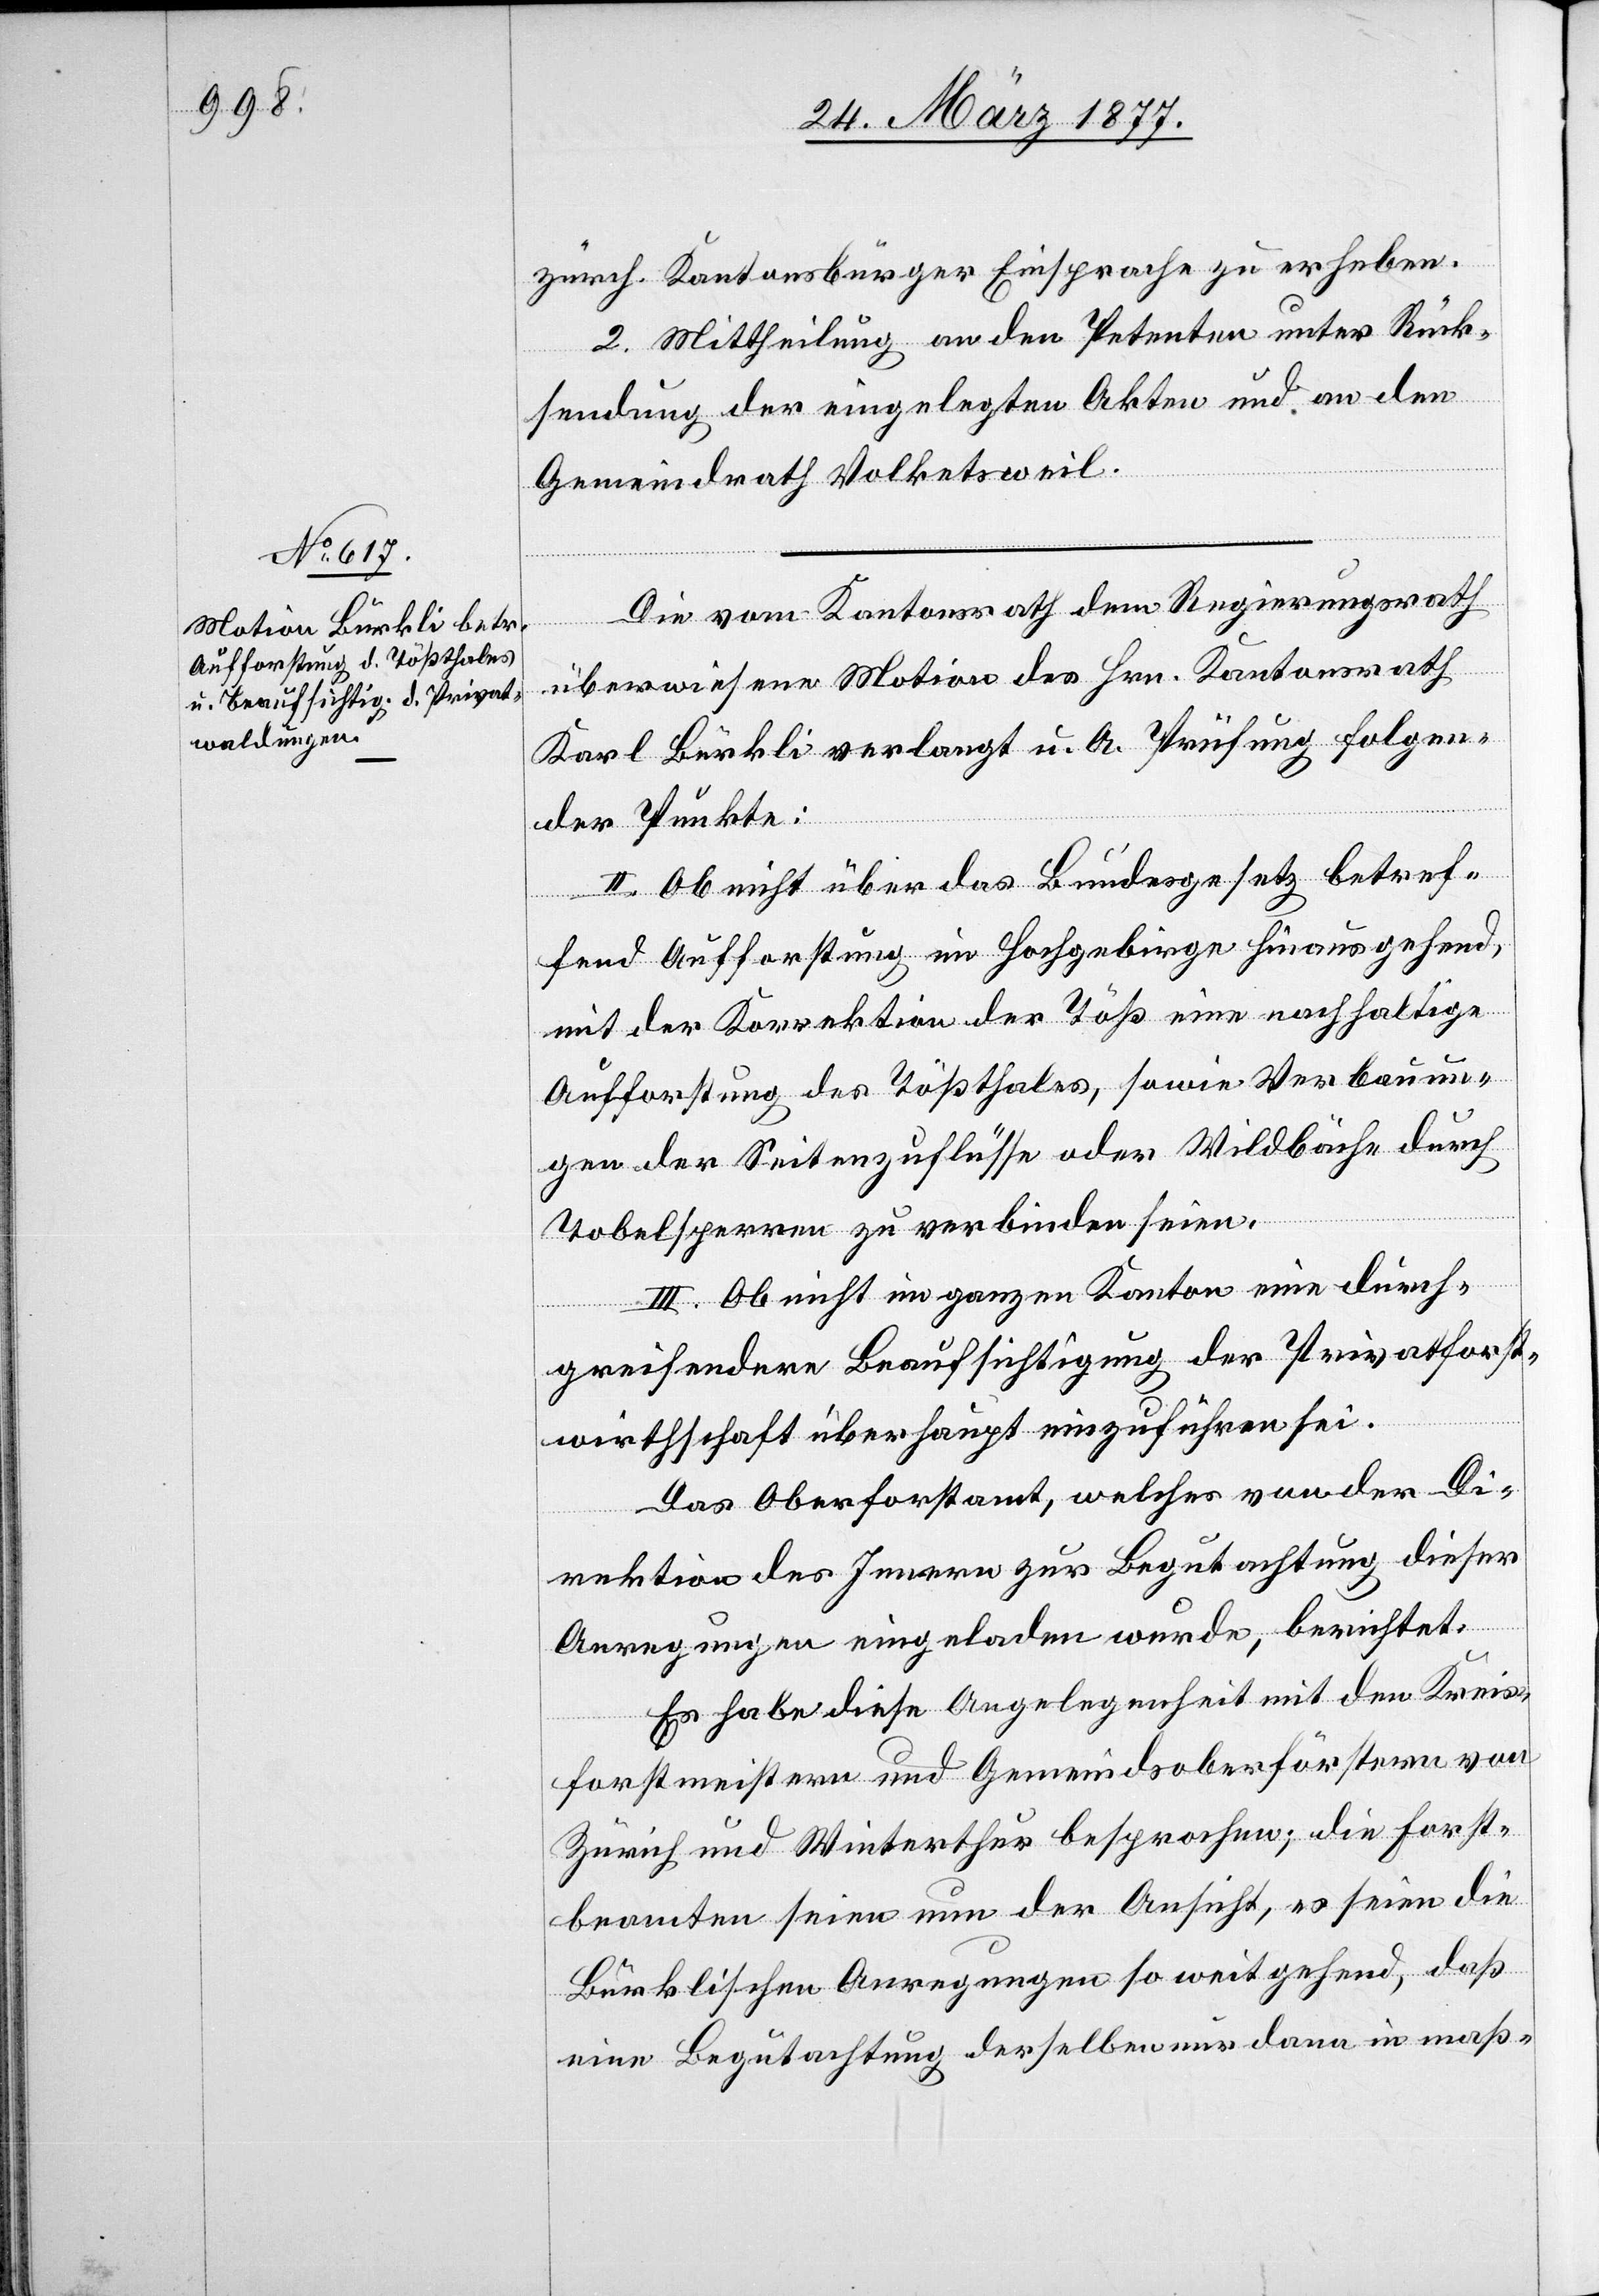
Die vom Kantonsrath dem Regierungsrath
überwiesene Motion des Hrn. Kantonsrath
Karl Bürkli verlangt u. A. Prüfung folgen¬
der Punkte:
II. Ob nicht über das Bundesgesetz betref¬
fend Aufforstung im Hochgebirge hinausgehend,
mit der Korrektion der Töß eine nachhaltige
Aufforstung des Tößthales, sowie Verbauun¬
gen der Seitenzuflüsse oder Wildbäche durch
Tobelsperren zu verbinden seien.
III. Ob nicht im ganzen Kanton eine durch¬
greifendere Beaufsichtigung der Privatforst¬
wirthschaft überhaupt einzuführen sei.
Das Oberforstamt, welches von der Di¬
rektion des Innern zur Begutachtung dieser
Anregungen eingeladen wurde, berichtet:
Es habe diese Angelegenheit mit den Kreis¬
forstmeistern und Gemeindsoberförstern von
Zürich und Winterthur besprochen; die Forst¬
beamten seien nun der Ansicht, es seien die
Bürklischen Anregungen so weit gehend, daß
eine Begutachtung derselben dann in maß-